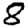
Digit: 8